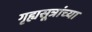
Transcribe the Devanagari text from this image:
गृह्यसूत्रांच्या